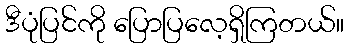
ဒီပုံပြင်ကို ပြောပြလေ့ရှိကြတယ်။